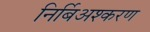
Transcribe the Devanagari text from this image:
निर्बिअश्करण